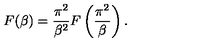
F ( \beta ) = \frac { \pi ^ { 2 } } { \beta ^ { 2 } } F \left( \frac { \pi ^ { 2 } } { \beta } \right) .